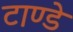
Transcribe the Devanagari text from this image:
टाण्डे